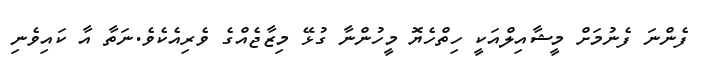
ފެންނަ ފެނުމަށް މީޝާއިލްއަކީ ހިތްހެޔޮ މީހުންނާ ގުޅޭ މިޒާޖެއްގެ ވެރިއެކެވެ.ނަތާ އާ ކައިވެނި